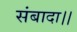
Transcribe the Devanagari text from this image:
संबादा।।